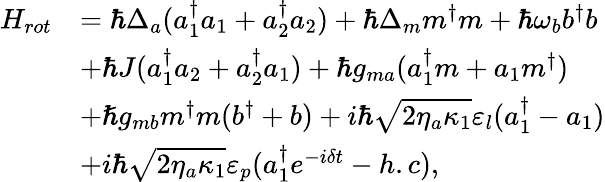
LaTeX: \begin{array}{rl}{H_{rot}}&{=\hbar\Delta_{a}(a_{1}^{\dagger}a_{1}+a_{2}^{\dagger}a_{2})+\hbar\Delta_{m}m^{\dagger}m+\hbar\omega_{b}b^{\dagger}b}\\ &{+\hbar J(a_{1}^{\dagger}a_{2}+a_{2}^{\dagger}a_{1})+\hbar g_{ma}(a_{1}^{\dagger}m+a_{1}m^{\dagger})}\\ &{+\hslash g_{mb}m^{\dagger}m(b^{\dagger}+b)+i\hbar\sqrt{2\eta_{a}\kappa_{1}}\varepsilon_{l}(a_{1}^{\dagger}-a_{1})}\\ &{+i\hbar\sqrt{2\eta_{a}\kappa_{1}}\varepsilon_{p}(a_{1}^{\dagger}e^{-i\delta t}-h.c),}\end{array}